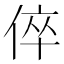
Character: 倅